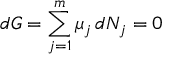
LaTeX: d G = \sum _ { j = 1 } ^ { m } \mu _ { j } \, d N _ { j } = 0